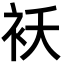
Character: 袄